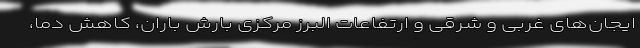
ایجان‌های غربی و شرقی و ارتفاعات البرز مرکزی بارش باران، کاهش دما،